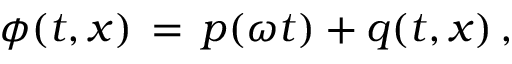
\phi ( t , x ) \, = \, p ( \omega t ) + q ( t , x ) \, ,